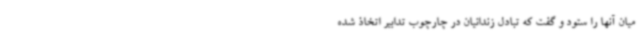
میان آنها را ستود و گفت که تبادل زندانیان در چارچوب تدابیر اتخاذ شده